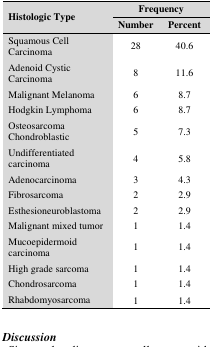
| <ROWSPAN=2> Histologic Type | <COLSPAN=2> Frequency |
 | Number | Percent |
 | --- | --- | --- |
 | Squamous Cell Carcinoma | 28 | 40.6 |
 | Adenoid Cystic Carcinoma | 8 | 11.6 |
 | Malignant Melanoma | 6 | 8.7 |
 | Hodgkin Lymphoma | 6 | 8.7 |
 | Osteosarcoma Chondroblastic | 5 | 7.3 |
 | Undifferentiated carcinoma | 4 | 5.8 |
 | Adenocarcinoma | 3 | 4.3 |
 | Fibrosarcoma | 2 | 2.9 |
 | Esthesioneuroblastoma | 2 | 2.9 |
 | Malignant mixed tumor | 1 | 1.4 |
 | Mucoepidermoid carcinoma | 1 | 1.4 |
 | High grade sarcoma | 1 | 1.4 |
 | Chondrosarcoma | 1 | 1.4 |
 | Rhabdomyosarcoma | 1 | 1.4 |